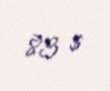
83 $